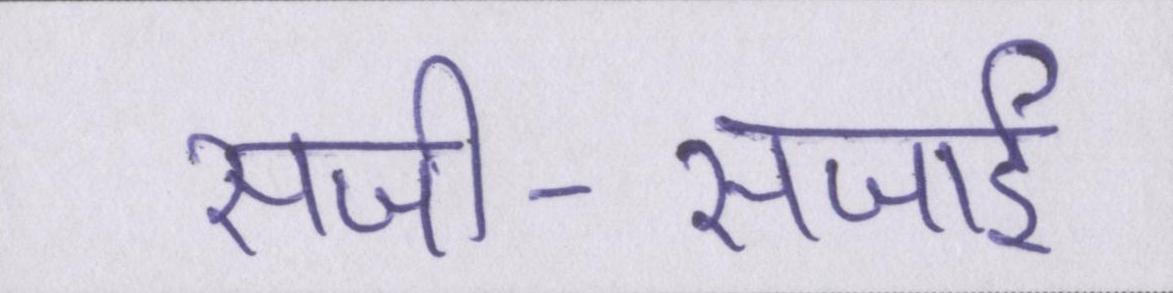
सजी-सजाई